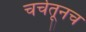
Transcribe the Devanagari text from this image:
चर्चेतूनच